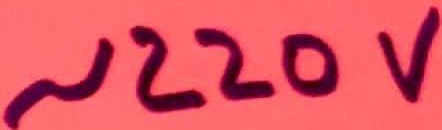
Text: ~220V